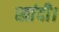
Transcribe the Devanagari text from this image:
खांदी।